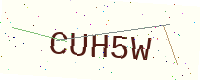
Text: CUH5W